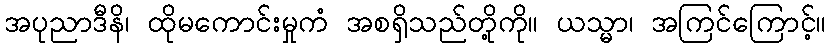
အပုညာဒီနိ၊ ထိုမကောင်းမှုကံ အစရှိသည်တို့ကို။ ယသ္မာ၊ အကြင်ကြောင့်။